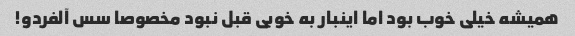
همیشه خیلی خوب بود اما اینبار به خوبی قبل نبود مخصوصا سس آلفردو!